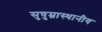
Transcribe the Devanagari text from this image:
सुषुम्नास्थानीय